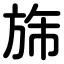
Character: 旆